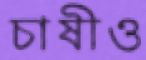
চাষীও